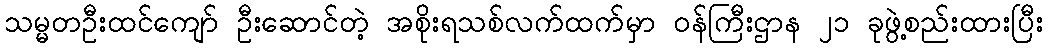
သမ္မတဦးထင်ကျော် ဦးဆောင်တဲ့ အစိုးရသစ်လက်ထက်မှာ ဝန်ကြီးဌာန ၂၁ ခုဖွဲ့စည်းထားပြီး